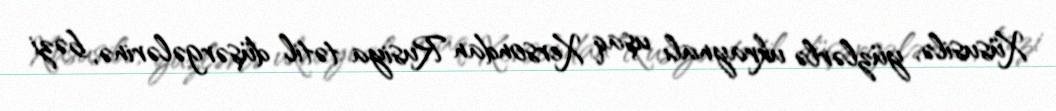
Xüsusilə, yüzlərlə ukraynalı uşaq Xersondan Rusiya tətil düşərgələrinə, bəzi